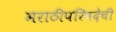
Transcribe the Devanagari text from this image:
मराठीपरिषदेची